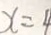
x = 4